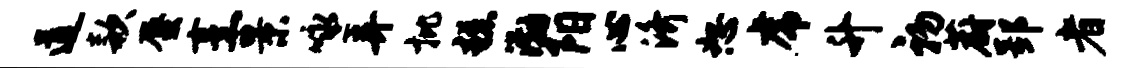
道款蜃烹景咏弄批糕渤阳心济恕虎升初蔚郢者